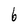
Character: 6